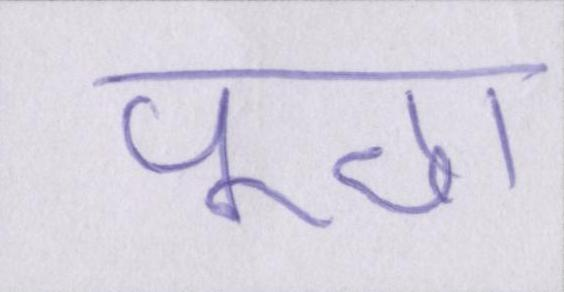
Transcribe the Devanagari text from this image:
पूछा